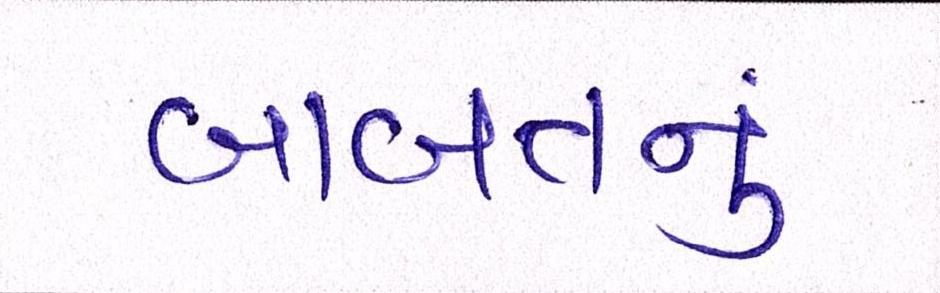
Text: બાબતનું